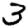
Digit: 3